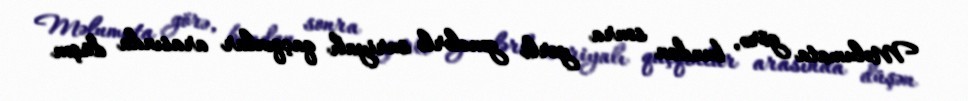
Məlumata görə, bundan sonra yerli gənclərlə suriyalı qaçqınlar arasında düşən